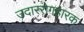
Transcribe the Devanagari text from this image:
उदाररोगहारक